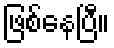
ဖြစ်နေပြီ။